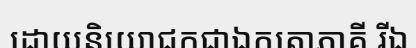
ដោយនិយោជកជាឯកតោភាគី រីឯ